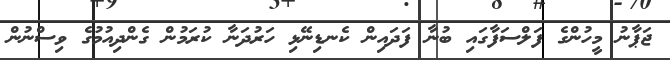
ޖަޕާނު މީހުންގެ ފަލްސަފާގައި ބުނާ ފަދައިން ކެނޑިނޭޅި ހަރުދަނާ ކުރަމުން ގެންދިއުމުގެ ވިސްނުން